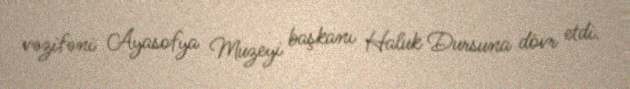
vəzifəni Ayasofya Muzeyi başkanı Haluk Dursuna dövr etdi.